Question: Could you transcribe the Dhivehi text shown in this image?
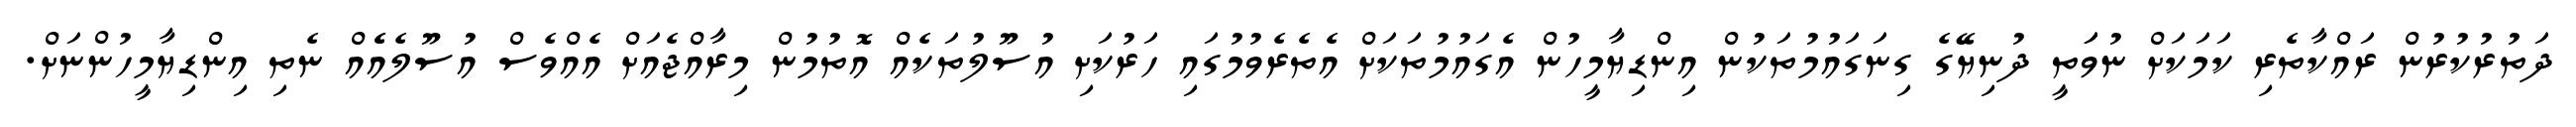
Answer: ދަތުރުކުރުން ރައްކާތެރި ކަމަކަށް ނުވަަތީ ދުނިޔޭގެ ގިނަގައުމުތަކުން އިންޑިޔާމީހުން އެގައުމުތަކަށް އެތެރެވުމުގައި ހަރުކަށި އުސޫލުތަކެއް އޮތުމުން މިރާއްޖެއަށް އެއްވެސް އުސޫލެއެެއް ނެތި އިންޑިޔާމީހުންނަށް.